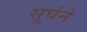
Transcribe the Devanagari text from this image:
सूघंने